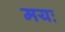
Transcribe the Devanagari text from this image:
मयः